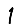
Digit: 1